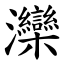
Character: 灤